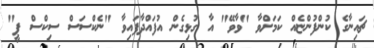
ޗައިނާގެ ކުންފުންޏެއް ކަމަށްވާ "ވާވޭ" އާ ގުޅިގެން އުފައްދާފައިވާ "ނެކްސަސް ސިކްސް ޕީ"